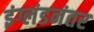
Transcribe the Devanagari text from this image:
इंग्लंडनंतर